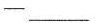
——___